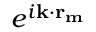
e ^ { i \mathbf { k \cdot r _ { m } } }